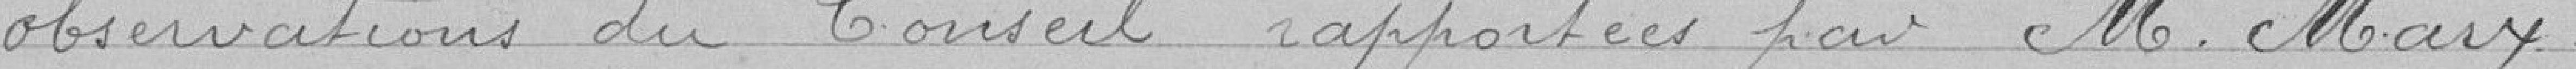
observations du Conseil rapportées par M.Marx.